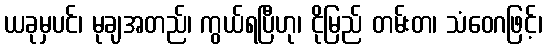
ယခုမှပင်၊ မုချအတည်၊ ကွယ်ရပြီဟု၊ ငိုမြည် တမ်းတ၊ သံဝေဂဖြင့်၊